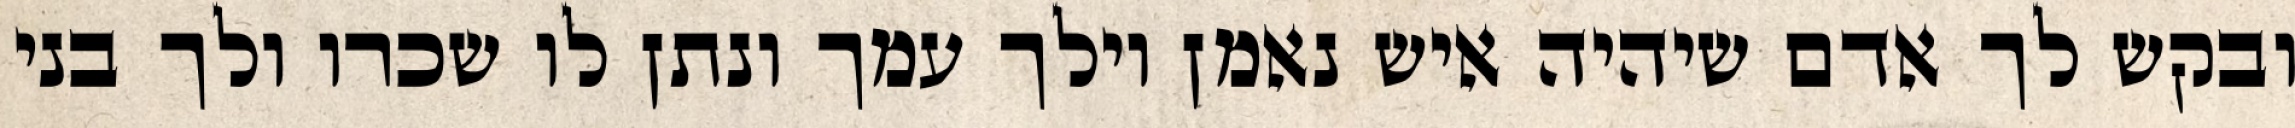
ובקש לך אדם שיהיה איש נאמן וילך עמך ונתן לו שכרו ולך בני